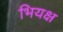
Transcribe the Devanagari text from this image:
भियक्ष